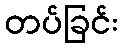
တပ်ခြင်း